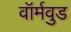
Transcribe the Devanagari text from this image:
वॉर्मवुड